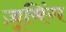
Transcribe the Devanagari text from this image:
ज़ूमिंग